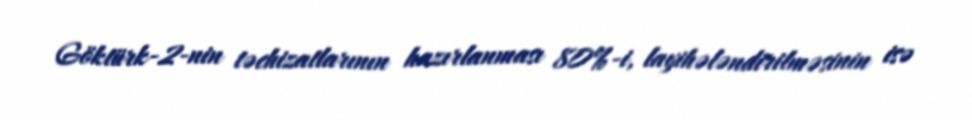
Göktürk-2-nin təchizatlarının hazırlanması 80%-i, layihələndirilməsinin isə